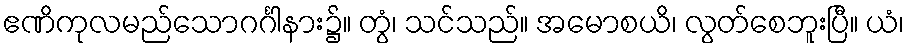
ဧဏိကုလမည်သောဂင်္ဂါနား၌။ တွံ၊ သင်သည်။ အမောစယိ၊ လွတ်စေဘူးပြီ။ ယံ၊